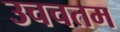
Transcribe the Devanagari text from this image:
उचचतम